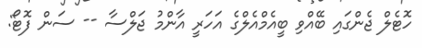
ހޮޓެލް ޖެންގައި ބޭއްވި ބީއެމްއެލްގެ އަހަރީ އާންމު ޖަލްސާ -- ސަން ފޮޓޯ: